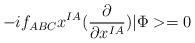
LaTeX: \begin{align*}-if_{ABC} x^{IA} (\frac{\partial}{\partial x^{IA}}) |\Phi> = 0\end{align*}